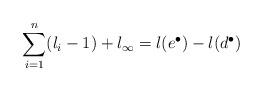
LaTeX: \begin{align*}\sum_{i=1}^n (l_i -1) + l_{\infty} = l(e^{\bullet}) - l( d^{\bullet})\end{align*}